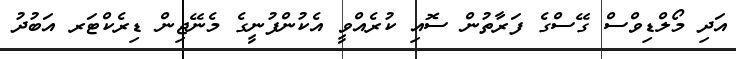
އަދި މޯލްޑިވްސް ގޭސްގެ ފަރާތުން ސޮއި ކުރެއްވީ އެކުންފުނީގެ މެނޭޖިން ޑިރެކްޓަރ އަބުދު